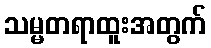
သမ္မတရာထူးအတွက်